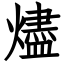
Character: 燼